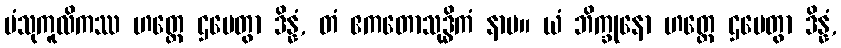
ပံသုကူလိကဿ ဟတ္ထေ ဌပေတွာ ဒိန္နံ, တံ ဧကတောသုဒ္ဓိကံ နာမ။ ယံ ဘိက္ခုနော ဟတ္ထေ ဌပေတွာ ဒိန္နံ,